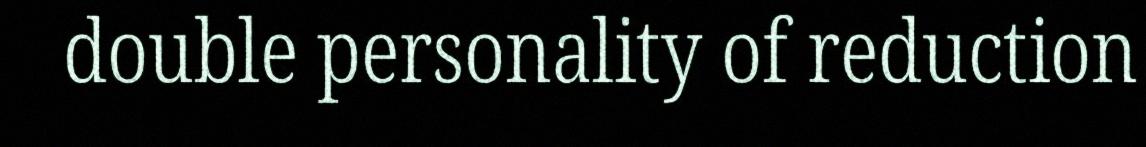
double personality of reduction